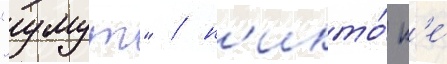
"умут" / н'икто́ н'е́